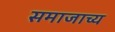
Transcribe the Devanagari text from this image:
समाजाच्य